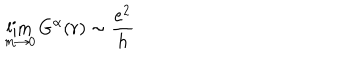
\lim _ { m \rightarrow 0 } G ^ { \mathbf { \alpha } } ( r ) \sim \frac { e ^ { 2 } } { h }